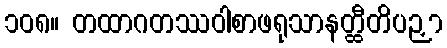
၁၀၈။ တထာဂတဿဝါစာဖရုသာနတ္ထီတိပဉှာ